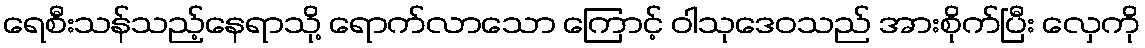
ရေစီးသန်သည့်နေရာသို့ ရောက်လာသော ကြောင့် ဝါသုဒေဝသည် အားစိုက်ပြီး လှေကို